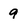
Character: 9